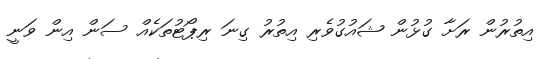
އިތުރުން ރަށާ ގުޅުން ޝައުގުވެރި އިތުރު ގިނަ ރިޕޯޓުތަކެއް ސަން އިން ވަނީ